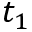
t _ { 1 }